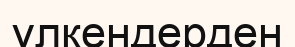
үлкендерден